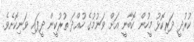
ކުރުދީ ދަރިކޮޅު މީހުން ކޮބާނީ އަށް ވަނުމުގެ ހުއްދަ ތުރުކީން ދީފައި ވަނިކޮށެވެ.